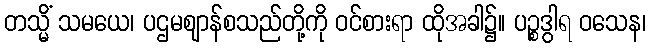
တသ္မိံ သမယေ၊ ပဌမဈာန်စသည်တို့ကို ဝင်စားရာ ထိုအခါ၌။ ပဉ္စဒွါရ ဝသေန၊